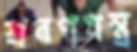
শ্রবণযন্ত্র